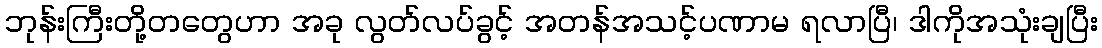
ဘုန်းကြီးတို့တတွေဟာ အခု လွတ်လပ်ခွင့် အတန်အသင့်ပဏာမ ရလာပြီ၊ ဒါကိုအသုံးချပြီး